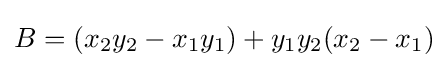
B=(x_{2}y_{2}-x_{1}y_{1})+y_{1}y_{2}(x_{2}-x_{1})